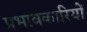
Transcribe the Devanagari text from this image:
प्रभावकारियों